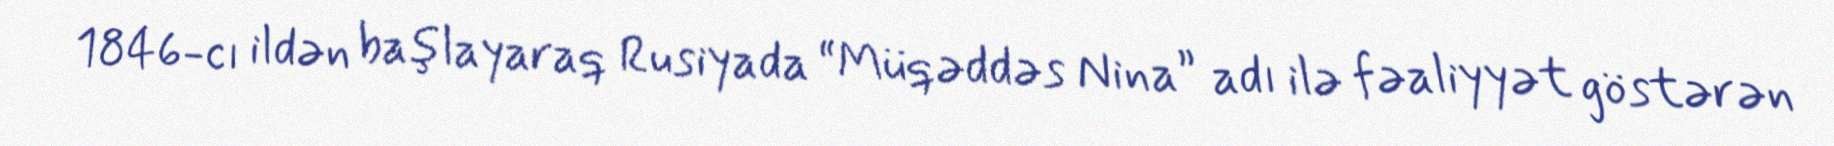
1846-cı ildən başlayaraq Rusiyada “Müqəddəs Nina” adı ilə fəaliyyət göstərən